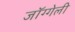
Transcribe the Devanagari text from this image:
जॉग्गेली